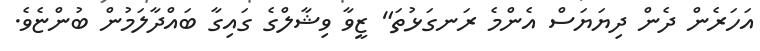
އަހަރެން ދެން ދިޔަޔަސް އެންމެ ރަނގަޅުތަ" ޒީވާ ވިޝާލްގެ ގައިގާ ބައްދާލަމުން ބުންޏެވެ.